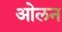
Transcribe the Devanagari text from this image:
ओलन